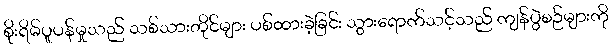
စိုးရိမ်ပူပန်မှုသည် သစ်သားတိုင်များ ပစ်ထားခဲ့ခြင်း သွားရောက်သင့်သည် ကျန်ပွဲစဉ်များကို